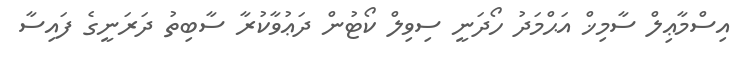
އިސްމާޢިލް ސާމިޚް އަޙްމަދު ހޯދަނީ ސިވިލް ކޯޓުން ދަޢުވާކުރާ ސާބިތު ދަރަނީގެ ފައިސާ